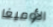
الأوميغا